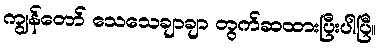
ကျွန်တော် သေသေချာချာ တွက်ဆထားပြီးပါပြီ။